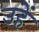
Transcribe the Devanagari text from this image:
उहें